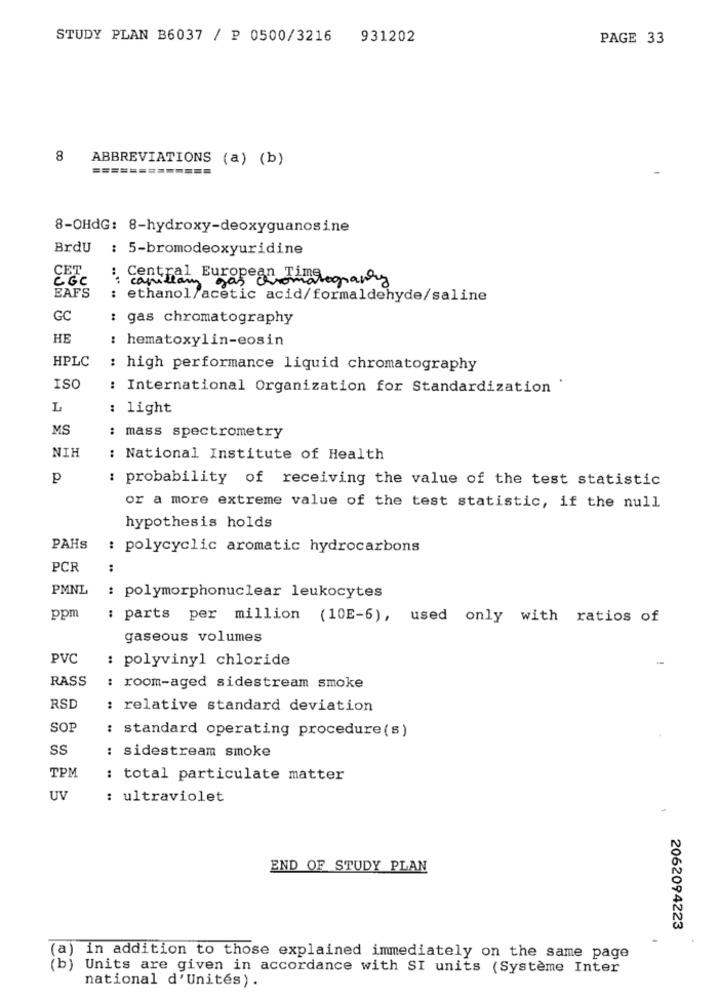
STUDY PLAN B6037 / P 0500/3216
931202
PAGE 33
8
ABBREVIATIONS (a) (b)
=============
8-OHdG: 8-hydroxy-deoxyguanosine
BrdU : 5-bromodeoxyuridine
CET
C GC
: Central Euro
EAFS
: ethanol/acetic acid/formaldehyde/saline
GC
: gas chromatography
HE
: hematoxylin-eosin
HPLC
: high performance liquid chromatography
ISO
: International Organization for Standardization '
L
: light
MS
: mass spectrometry
NIH
: National Institute of Health
p
: probability of receiving the value of the test statistic
or a more extreme value of the test statistic, if the null
hypothesis holds
PAHS
: polycyclic aromatic hydrocarbons
PCR
:
PMNL
: polymorphonuclear leukocytes
ppm
: parts per million (10E-6), used only with ratios of
gaseous volumes
PVC
: polyvinyl chloride
RASS
: room-aged sidestream smoke
RSD
: relative standard deviation
SOP
: standard operating procedure (s)
SS
: sidestream smoke
TPM
: total particulate matter
UV
: ultraviolet
END OF STUDY PLAN
2062094223
in addition to those explained immediately on the same page
(a)
Units are given in accordance with SI units (Système Inter
national d'Unités) .